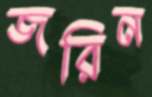
জরিন